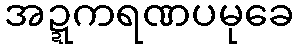
အဍ္ဍကရဏပမုခေ